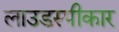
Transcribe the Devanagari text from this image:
लाउडस्पीकार